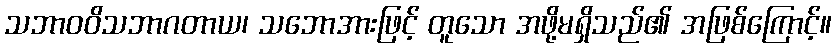
သဘာဝဝိသဘာဂတာယ၊ သဘောအားဖြင့် တူသော အဖို့မရှိသည်၏ အဖြစ်ကြောင့်။